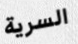
السرية